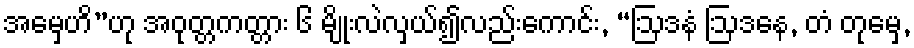
အမှေဟိ”ဟု အဝုတ္တကတ္တား ၆ မျိုးလဲလှယ်၍လည်းကောင်း, “ဩဒနံ ဩဒနေ, တံ တုမှေ,